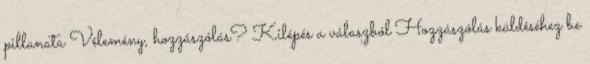
pillanata Vélemény, hozzászólás? Kilépés a válaszból Hozzászólás küldéséhez be